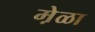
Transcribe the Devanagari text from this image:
मे़ळा